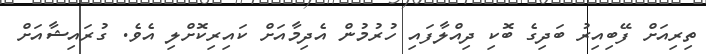
ތިރިއަށް ފޭބިއިރު ބަދިގެ ބޮކި ދިއްލާފައި ހުރުމުން އެދިމާއަށް ކައިރިކޮށްލި އެވެ. ގުރައިޝާއަށް